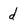
Character: d